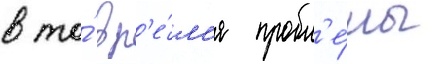
в то́ вр'е́м'я пробл'е́мы